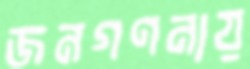
জনগণনায়